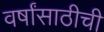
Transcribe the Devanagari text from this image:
वर्षांसाठीची